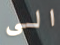
الى